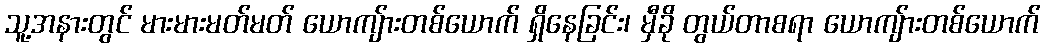
သူ့အနားတွင် မားမားမတ်မတ် ယောကျ်ားတစ်ယောက် ရှိနေခြင်း၊ မှီခို တွယ်တာစရာ ယောကျ်ားတစ်ယောက်